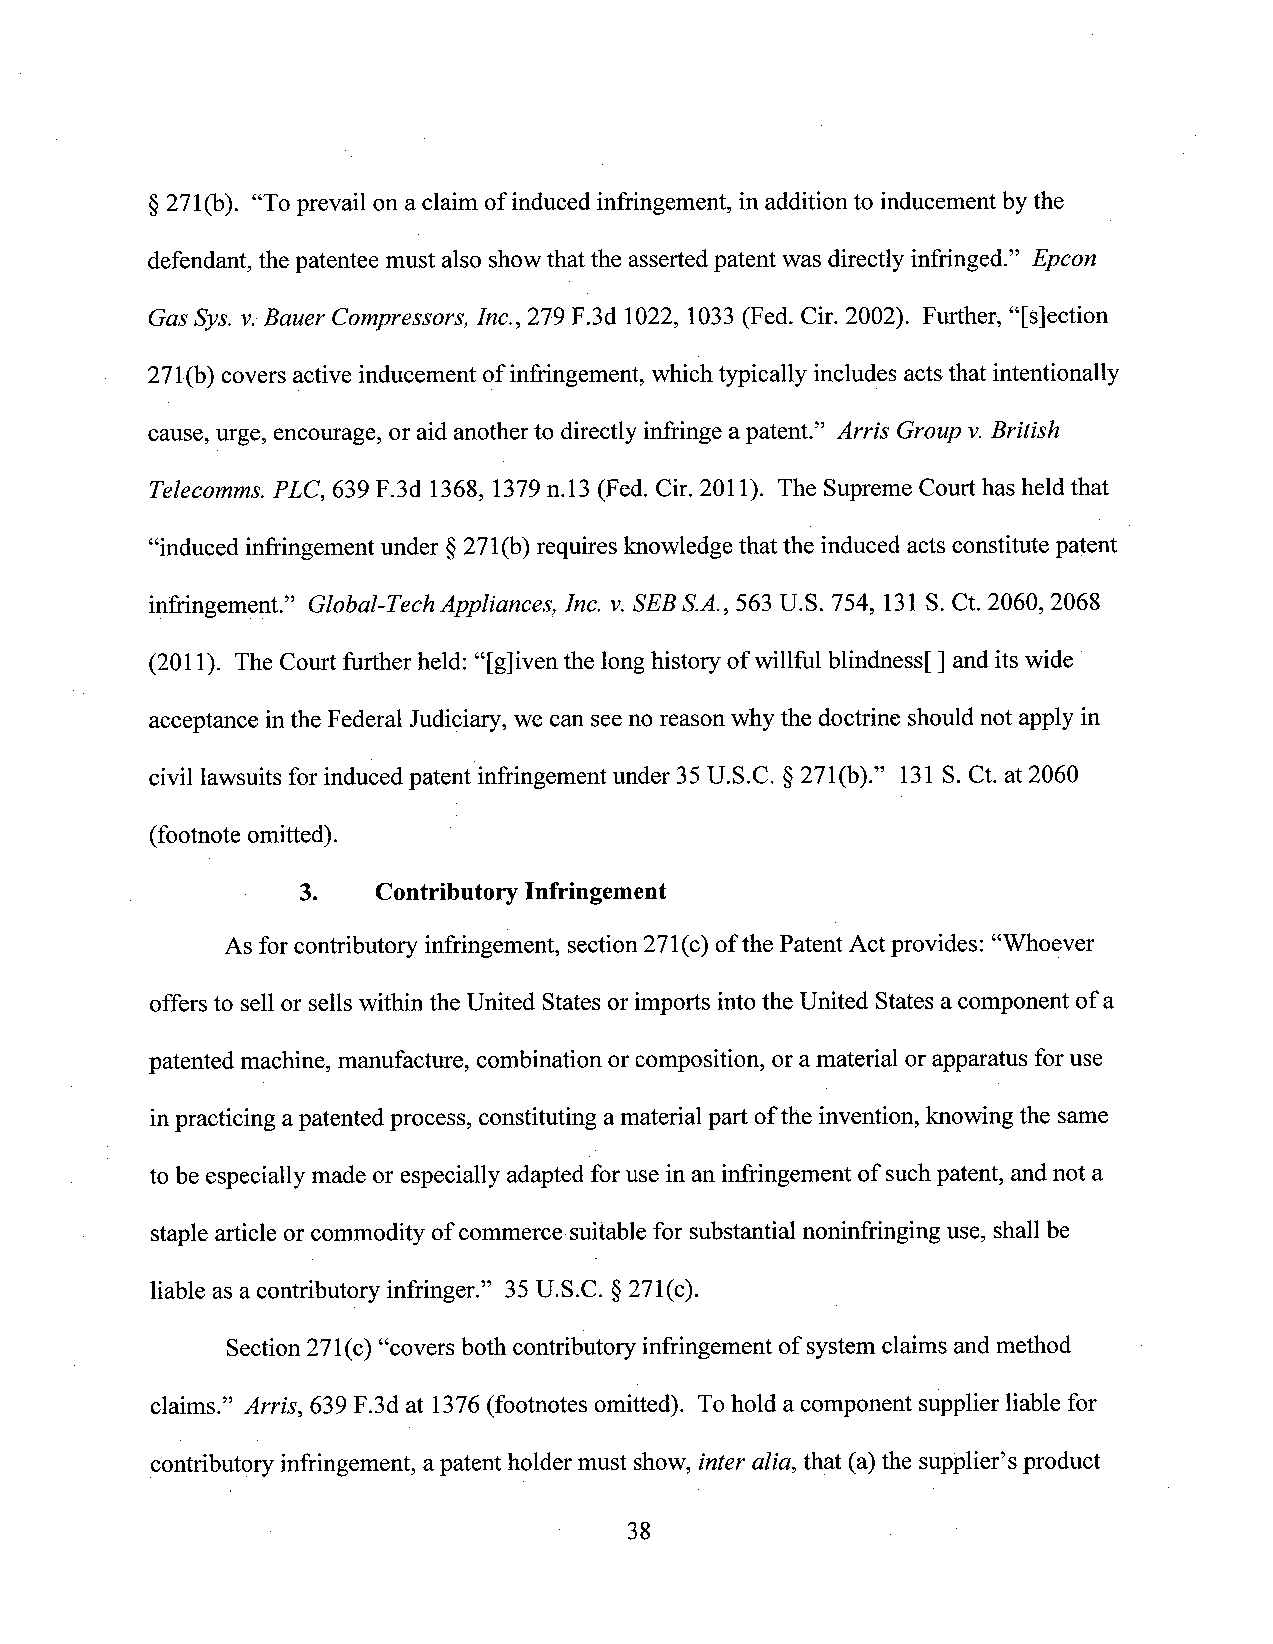
§27l(b). “Toprevail on aclaim of induced infringement, in addition to inducement by the
 defendant, thepatentee must also showthat the assertedpatent was directly infringed.” Epcon
 Gas Sys.v.Bauer Compressors, Inc., 279 F.3d 1022, 1033 (Fed. Cir. 2002). Further, “['s]ection
 27l(b) coversactiveinducement of infringement, whichtypically includes actsthat intentionally
 cause, urge, encourage, or aid anotherto directly infringe apatent.” Arris Group v.British
 Telecomms.PLC, 639 F.3d 1368, 1379n.13 (Fed. Cir. 2011). The Supreme Court has held that
 “induced infringementunder §27l(b) requires knowledge that the induced actsconstitutepatent
 infringement.” Global-Tech Appliances, Inc. v.SEBS.A.,563 U.S. 754, 131S. Ct. 2060, 2068
 (2011). The Court further held: “[g]iven the longhistory of willful blindness[ ] anditswide
 acceptance inthe Federal Judiciary, we can seeno reason why the doctrine shouldnot apply in
 civil lawsuits for induced patent infringement under 35U.S.C. §27l(b).” 131S. Ct. at 2060
 (footnote omitted). '
 3.   Contributory Infringement
 As forcontributory infringement, section27l(c) ofthe Patent Actprovides: “Whoever
 offers to sell or sells within the United Statesor imports intothe United Statesa component of a
 patented machine, manufacture, combination or composition, oramaterial or apparatus foruse
 inpracticing apatented process, constituting amaterial part ofthe invention, knowingthe same
 to be especially made or especially adapted foruse in an infringement of suchpatent, andnot a
 staple article or commodity of commerce suitable for substantial noninfringing use, shall be
 liable as acontributory infringer.” 35 U.S.C. §27l(c).
 Section27l(c) “coversboth contributoryinfringement of systemclaimsand method
 claims.” Arris, 639 F.3d at 1376(footnotes omitted). Tohold a component supplier liable for
 contributory infringement, apatent holder must show,inter alia, that (a)the supplier’sproduct
 38